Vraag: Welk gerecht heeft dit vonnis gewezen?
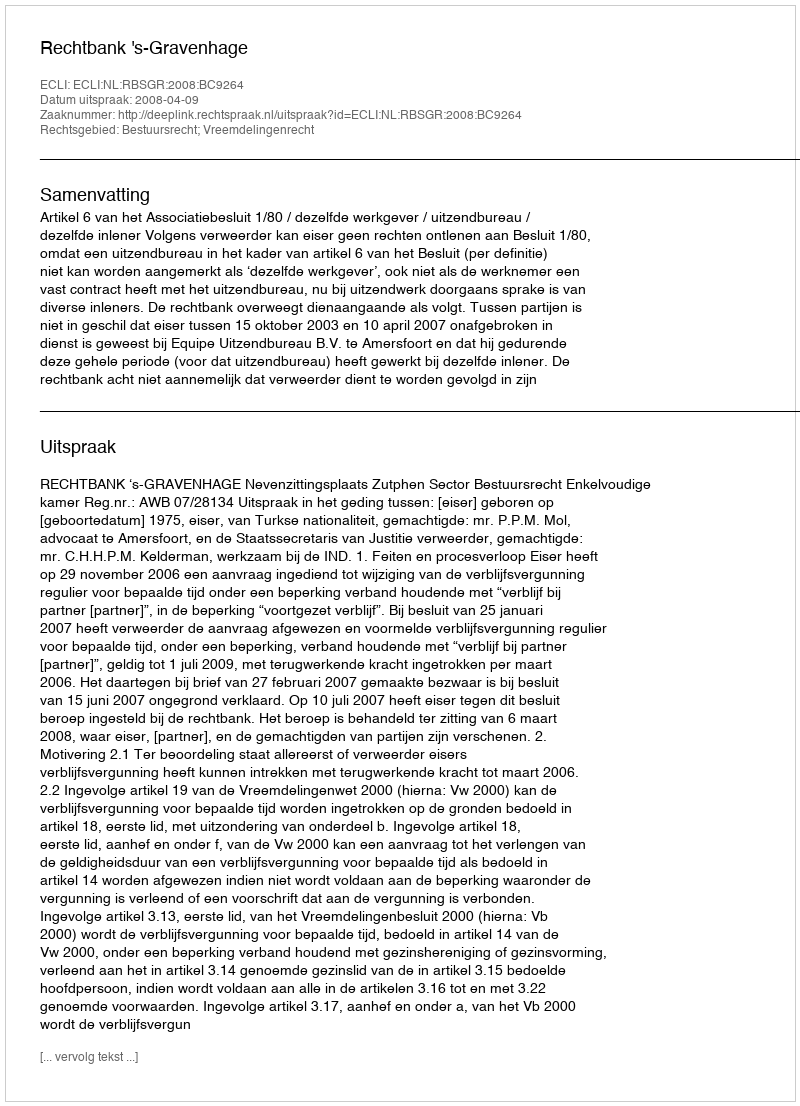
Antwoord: Rechtbank 's-Gravenhage